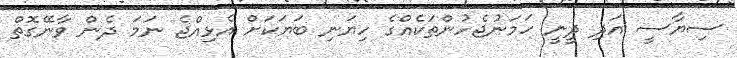
ސިޔާސީ އަދި ދީނީ ހަމަނުޖެހުންތަކެއްގެ ހިޔަނި ބަޔަކަށް އެޅިއްޖެ ނަމަ ދެން ވާނޭގޮތް